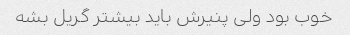
خوب بود ولی پنیرش باید بیشتر گریل بشه